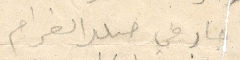
جار في جلبب الغرام